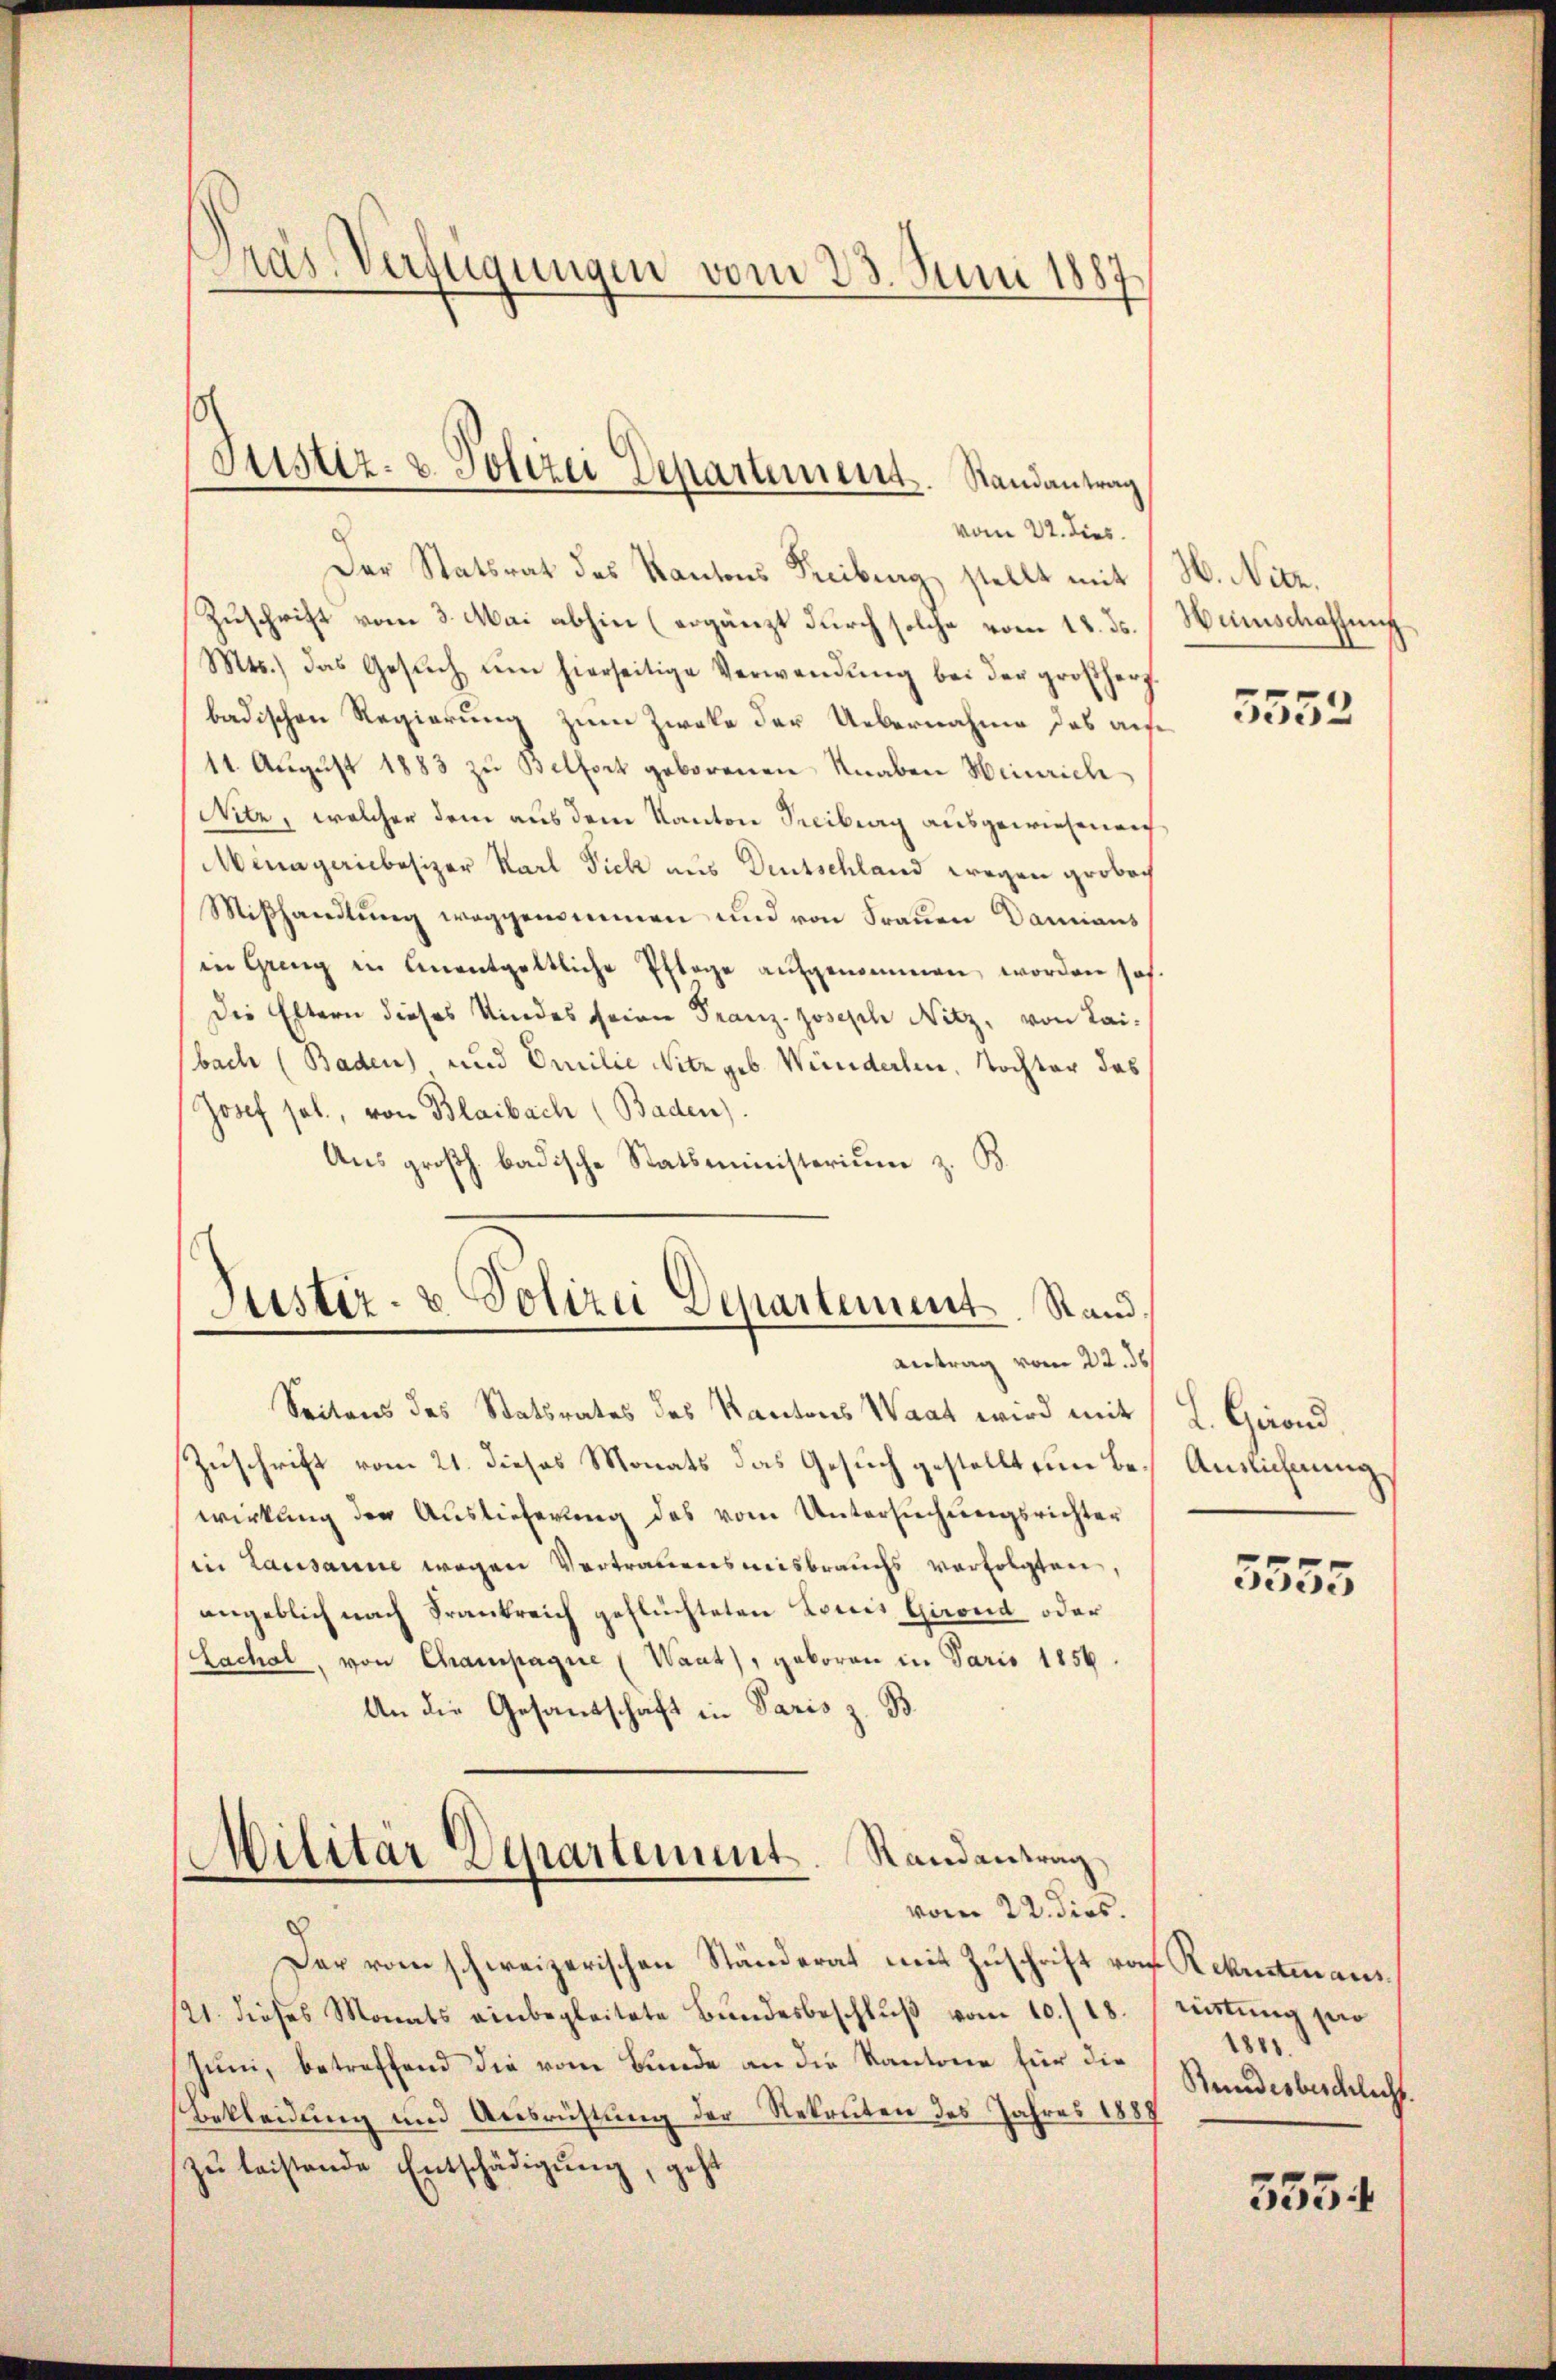
Pras Verfügungen vom 23. Juni 1887

vom 22. dies
Der Statsrat des Kantons Freibung stellt mit
Zuschrift vom 3. Mai abhin (ergänzt durch solche vom 18. ds.
Mts., das Gesŭch um hierseitige Verwendung bei der großherzbadischen Regierung zum Zweke der Uebernahme des auf¬
11. Aŭgŭst 1883 zu Belfort geborenen Knaben Heinrich
Nitz, welcher dem aus dem Kanton Secibung ausgewiesenen
Minageriebesizer Karl Pick aus Deutschland wegen grobach
Mißhandlung weggenommen und von Frauen Damians
in Greng in anentgeltliche Pflege aŭfgenommen, worden sol-
Die Eltern dieses Kindes seine Franz-Joseph Nitz, von Lai-
bach (Baden) und Emilie Nitz geb. Winderlen, Tochter das
Josef sel., von Blaibach (Baden).
Aus großh. badische Statsministerium z. B.
Justiz- & Polizei Departement. Stand

Justiz- & Polizei Departement. Randantrag

d

antrag vom 22. ds

Seitens des Statsrates des Kantons Waat wird mit
Zuschrift vom 21. dieses Monats das Gesuch gestellt ein Bewirkung der Auslieferung des vom Untersuchungsrichter
in Lausanne wegen Vertrauensmisbrauchs verfolgten,
angeblich nach Frankreich geflüchteten Louis Girond oder
Lachal, von Champagnie (Waat), geboren in Paris 1856.
An die Gesandschaft in Paris z. B.
Militär Departement. Randantrag
vom 22. dies.
Der vom schweizerischen Ständerat mit Zŭschrift vom Rekrutmans
121. dieses Monats einbegleitete Bundesbeschluß vom 10./18.
Juni, betreffend die vom Bunde an die Kantone für die
Bekleidung und Ausrichtung der Rekruten des Jahres 1888
zu leistende Entschädigung, geht

W. Nitz.
Hunschaffung

5552

. Girend,
Auslichnung

5555

ristung pro
1881.
Bundesbeschlicht.

555